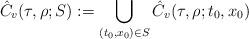
LaTeX: \begin{align*} {\hat C}_{v}(\tau, \rho; S) := \bigcup_{(t_0, x_0) \in S} {\hat C}_{v}(\tau, \rho; t_{0}, x_{0})\end{align*}